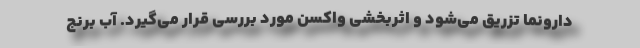
دارونما تزریق می‌شود و اثربخشی واکسن مورد بررسی قرار می‌گیرد. آب برنج